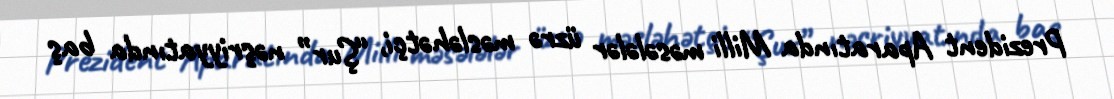
Prezident Aparatında Milli məsələlər üzrə məsləhətçi, “Şur” nəşriyyatında baş